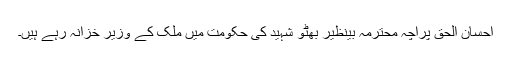
احسان الحق پراچہ محترمہ بینظیر بھٹو شہید کی حکومت میں ملک کے وزیر خزانہ رہے ہیں۔